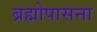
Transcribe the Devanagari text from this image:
ब्रह्मोपासना